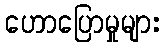
ဟောပြောမှုများ